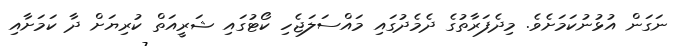
ނަގަން އުޅުނުކަމަށެވެ. މިދެފަރާތުގެ ދެމެދުގައި މައްސަލަޖެހި ކޯޓުގައި ޝަރީއަތް ކުރިޔަށް ދާ ކަމަށާއި